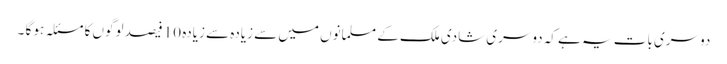
دوسری بات یہ ہے کہ دوسری شادی ملک کے مسلمانوں میں سے زیادہ سے زیادہ 10 فیصد لوگوں کا مسئلہ ہو گا ۔